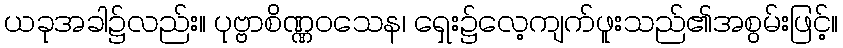
ယခုအခါ၌လည်း။ ပုဗ္ဗာစိဏ္ဏဝသေန၊ ရှေး၌လေ့ကျက်ဖူးသည်၏အစွမ်းဖြင့်။